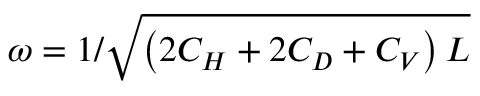
\omega = 1 / \sqrt { \left( 2 C _ { H } + 2 C _ { D } + C _ { V } \right) L }